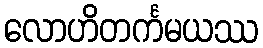
လောဟိတင်္ကမယဿ